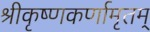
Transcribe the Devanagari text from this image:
श्रीकृष्णकर्णामृतम्